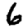
Digit: 6